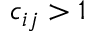
c _ { i j } > 1